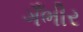
ગઁભીર